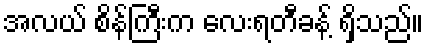
အလယ် စိန်ကြီးက လေးရတီခန့် ရှိသည်။